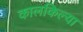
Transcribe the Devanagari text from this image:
कालकिल्या